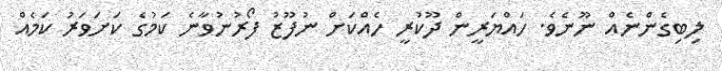
ލިބިގެންނެއް ނޫނެވެ. ހައްޔަރީން ދޫކުރީ ހެއްކަށް ނުފޫޒު ފޯރުނުވާނެ ކަމުގެ ކަށަވަރު ކަމެއް